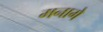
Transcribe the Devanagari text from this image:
मनागे